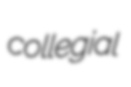
collegial